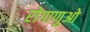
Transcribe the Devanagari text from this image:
रोगाणुओ